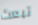
تبعث